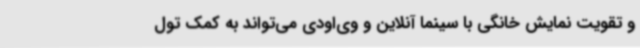
و تقویت نمایش خانگی با سینما آنلاین و وی‌اودی می‌تواند به کمک تول